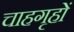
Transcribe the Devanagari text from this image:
चाहगृहों